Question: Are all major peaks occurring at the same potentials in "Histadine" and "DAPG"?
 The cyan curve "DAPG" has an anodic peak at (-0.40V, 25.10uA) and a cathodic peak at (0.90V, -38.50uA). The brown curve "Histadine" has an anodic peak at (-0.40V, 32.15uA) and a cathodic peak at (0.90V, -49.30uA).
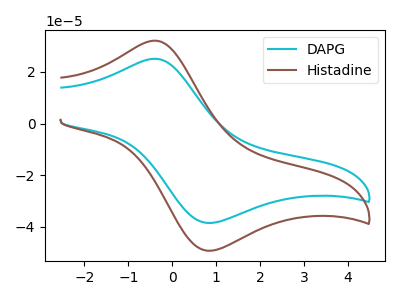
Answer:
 <answer>Yes, "Histadine" have a peak in "DAPG" at the same potential.</answer>
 <eval>match</eval>